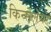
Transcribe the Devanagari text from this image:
किन्सलेयर